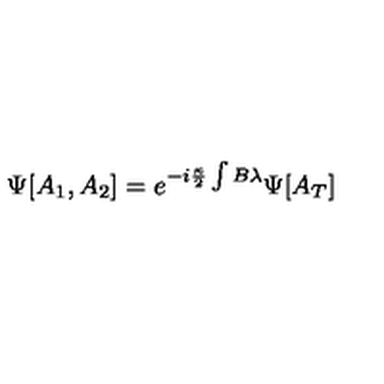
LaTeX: \Psi [ A _ { 1 } , A _ { 2 } ] = e ^ { - i \frac { \kappa } { 2 } \int B \lambda } \Psi [ A _ { T } ]